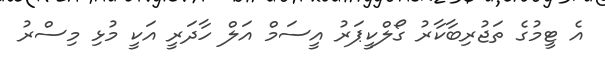
އެ ޓީމުގެ ތަޖުރިބާކާރު ގޯލްކީޕަރު އީސަމް އަލް ހާދަރީ އަކީ މުޅި މިސްރު